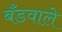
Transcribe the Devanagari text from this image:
बँडवाले